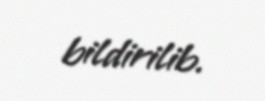
bildirilib.